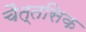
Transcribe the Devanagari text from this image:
चैत्तसिक